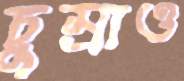
চুম্‌রাও